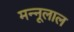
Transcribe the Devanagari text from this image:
मन्नूलाल